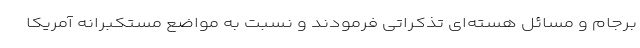
برجام و مسائل هسته‌ای تذکراتی فرمودند و نسبت به مواضع مستکبرانه آمریکا